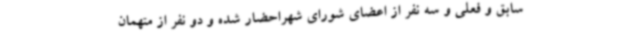
سابق و فعلی و سه نفر از اعضای شورای شهراحضار شده و دو نفر از متهمان